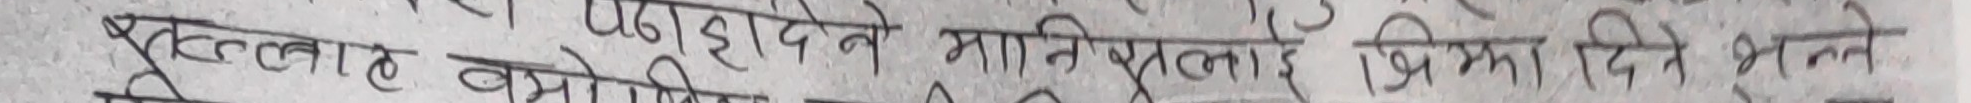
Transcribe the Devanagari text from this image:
खुल्लाट पछाडे ले प्रामिफुललाई प्रमा दिए भने